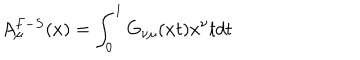
A _ { \mu } ^ { F - S } ( x ) = \int _ { 0 } ^ { 1 } G _ { \nu \mu } ( x t ) x ^ { \nu } t d t